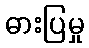
ဓားပြမှု